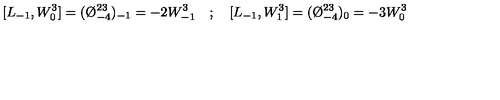
[ L _ { - 1 } , W _ { 0 } ^ { 3 } ] = ( \O _ { - 4 } ^ { 2 3 } ) _ { - 1 } = - 2 W _ { - 1 } ^ { 3 } \quad ; \quad [ L _ { - 1 } , W _ { 1 } ^ { 3 } ] = ( \O _ { - 4 } ^ { 2 3 } ) _ { 0 } = - 3 W _ { 0 } ^ { 3 }